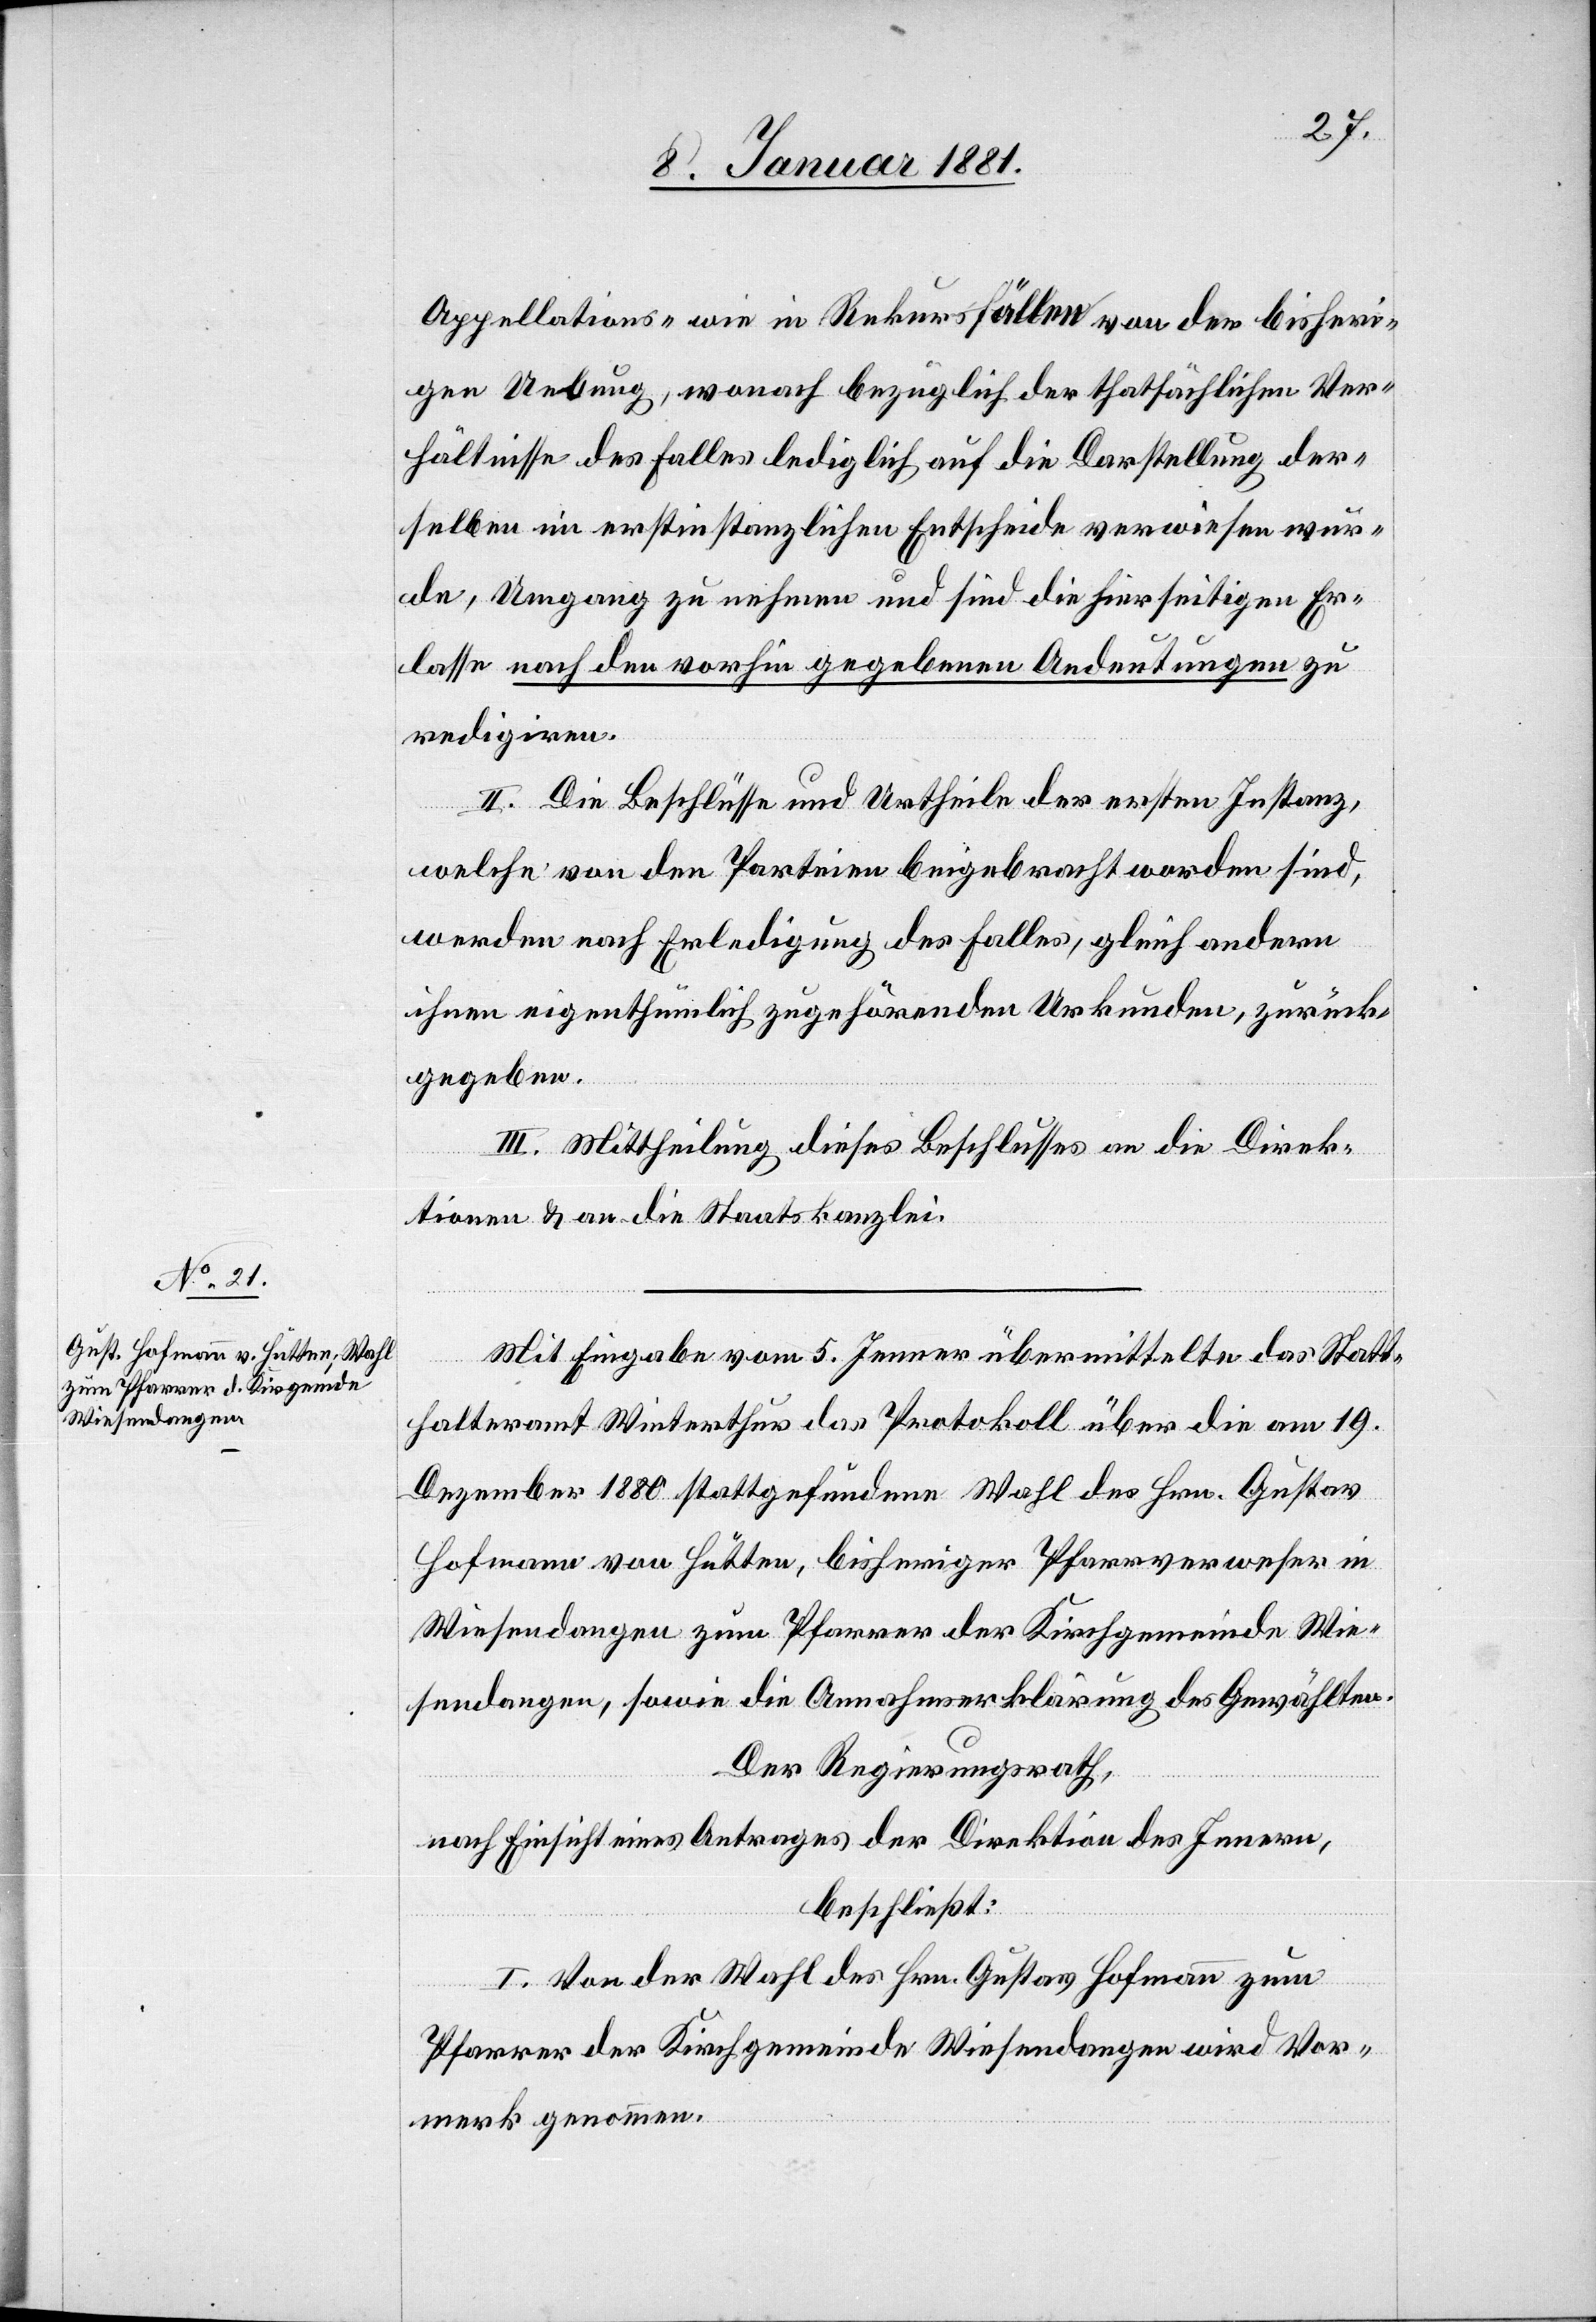
Appellations- wie in Rekursfällen von der bisheri¬
gen Uebung, wonach bezüglich der thatsächlichen Ver¬
hältnisse des Falles lediglich auf die Darstellung der¬
selben im erstinstanzlichen Entscheide verwiesen wur¬
de, Umgang zu nehmen und sind die hierseitigen Er¬
lasse nach den vorhin gegebenen Andeutungen zu
redigiren.
II. Die Beschlüsse und Urtheile der ersten Instanz,
welche von den Parteien beigebracht worden sind,
werden nach Erledigung des Falles, gleich andern
ihnen eigenthümlich zugehörenden Urkunden, zurück¬
gegeben.
III. Mittheilung dieses Beschlusses an die Direk¬
tionen & an die Staatskanzlei.
Mit Eingabe vom 5. Jenner übermittelte das Statt¬
halteramt Winterthur das Protokoll über die am 19.
Dezember 1880 stattgefundene Wahl des Hrn. Gustav
Hofmann von Hütten, bisheriger Pfarrverweser in
Wiesendangen zum Pfarrer der Kirchgemeinde Wie¬
sendangen, sowie die Annahmserklärung des Gewählten.
Der Regierungsrath,
nach Einsicht eines Antrages der Direktion des Innern,
beschließt:
I. Von der Wahl des Hrn. Gustav Hofmann zum
Pfarrer der Kirchgemeinde Wiesendangen wird Vor¬
merk genommen.